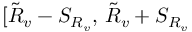
[ \tilde { R } _ { v } - S _ { R _ { v } } , \, \tilde { R } _ { v } + S _ { R _ { v } }